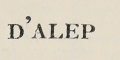
D'ALEP